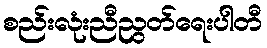
စည်းလုံးညီညွတ်ရေးပါတီ